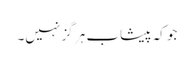
جو کہ پیشاب ہر گز نہیں۔